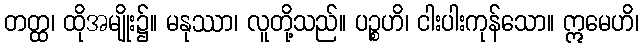
တတ္ထ၊ ထိုအမျိုး၌။ မနုဿာ၊ လူတို့သည်။ ပဉ္စဟိ၊ ငါးပါးကုန်သော။ ဣမေဟိ၊